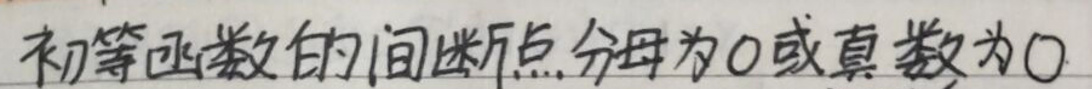
初等函数的间断点：分母为\(0\)或真数为\(0\)。